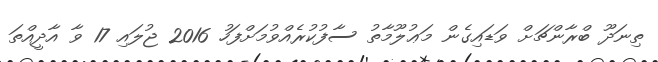
ތިނަދޫ ބްރާންޗަށް ވަޑައިގެން މަޢުލޫމާތު ސާފުކުރެއްވުމަށްފަހު 2016 ޖުލައި 17 ވާ އާދީއްތަ